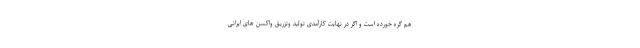
هم گره خورده است و اگر در نهایت کارآمدی تولید وتزریق واکسن های ایرانی